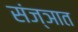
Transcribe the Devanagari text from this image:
संज्ञात